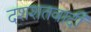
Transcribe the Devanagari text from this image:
दशशतवादी